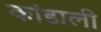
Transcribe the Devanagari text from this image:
कांडाली